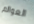
العوالم